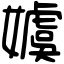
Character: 𡢢